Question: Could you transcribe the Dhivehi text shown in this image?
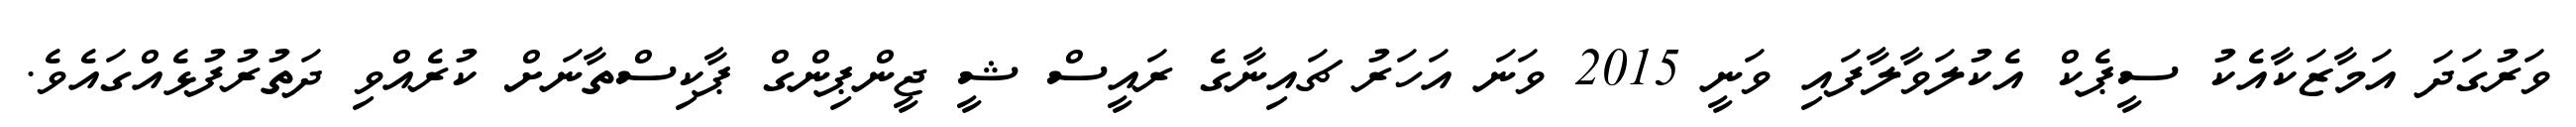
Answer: ވަރުގަދަ އަމާޒަކާއެކު ސީޕެކް އެކުލަވާލާފައި ވަނީ 2015 ވަނަ އަހަރު ޗައިނާގެ ރައީސް ޝީ ޖީންޕިންގް ޕާކިސްތާނަށް ކުރެއްވި ދަތުރުފުޅެއްގައެވެ.